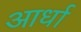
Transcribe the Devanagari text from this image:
आर्धा